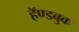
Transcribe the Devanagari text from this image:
हॅण्डबुक